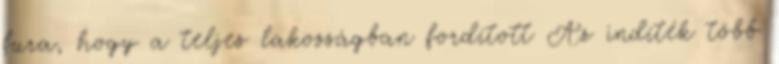
fura, hogy a teljes lakosságban fordított Az indíték több